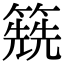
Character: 𥳱